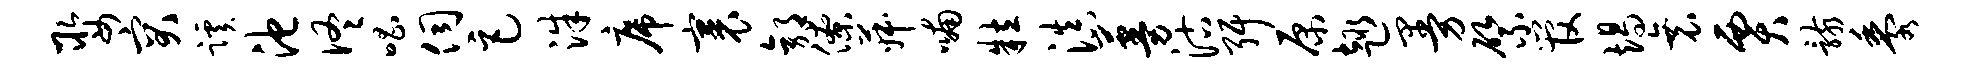
娶突蹊池佟唱伺巨洙席裹郭僚菽喃粒滇蔓沽弭原趣曼綮管竭衰贾骸黍